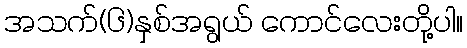
အသက်(၆)နှစ်အရွယ် ကောင်လေးတို့ပါ။